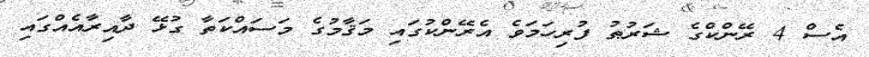
އެސް 4 ރޭންކްގެ ޝަރުޠު ފުރިހަމަވެ އެރޭންކުގައި މަޤާމުގެ މަސައްކަތާ ގުޅޭ ދާއިރާއެއްގައި